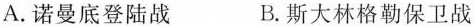
A.诺曼底登陆战 B.斯大林格勒保卫战